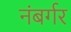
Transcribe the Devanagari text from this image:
नंबर्गर